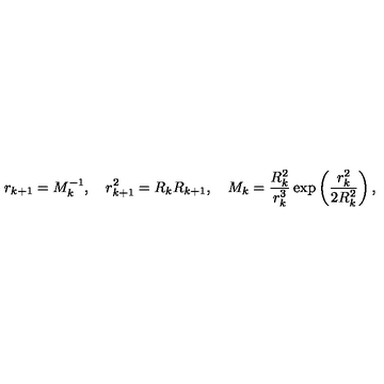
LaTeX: r _ { k + 1 } = M _ { k } ^ { - 1 } , \quad r _ { k + 1 } ^ { 2 } = R _ { k } R _ { k + 1 } , \quad M _ { k } = \frac { R _ { k } ^ { 2 } } { r _ { k } ^ { 3 } } \exp \left( \frac { r _ { k } ^ { 2 } } { 2 R _ { k } ^ { 2 } } \right) ,